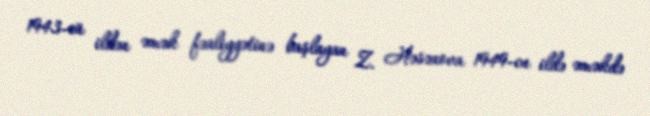
1943-cü ildən əmək fəaliyyətinə başlayan Z. Həsənova 1949-cu ildə əməkdə